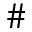
\#